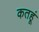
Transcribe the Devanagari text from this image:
कतहूं